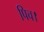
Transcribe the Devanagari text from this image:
पिच।